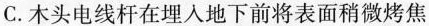
C.木头电线杆在埋入地下前将表面稍微烤焦